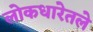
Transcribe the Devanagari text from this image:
लोकधारेतले